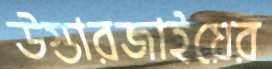
উস্তারজাইয়ের